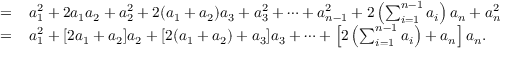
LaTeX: \begin{array} { r l } { = } & { { } \, a _ { 1 } ^ { 2 } + 2 a _ { 1 } a _ { 2 } + a _ { 2 } ^ { 2 } + 2 ( a _ { 1 } + a _ { 2 } ) a _ { 3 } + a _ { 3 } ^ { 2 } + \dotsb + a _ { n - 1 } ^ { 2 } + 2 \left( \sum _ { i = 1 } ^ { n - 1 } a _ { i } \right) a _ { n } + a _ { n } ^ { 2 } } \\ { = } & { { } \, a _ { 1 } ^ { 2 } + [ 2 a _ { 1 } + a _ { 2 } ] a _ { 2 } + [ 2 ( a _ { 1 } + a _ { 2 } ) + a _ { 3 } ] a _ { 3 } + \dotsb + \left[ 2 \left( \sum _ { i = 1 } ^ { n - 1 } a _ { i } \right) + a _ { n } \right] a _ { n } . } \end{array}